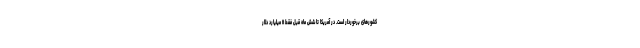
کشورهای برخوردار است. در آمریکا تا شش ماه قبل فقط ۱۱ میلیارد دلار